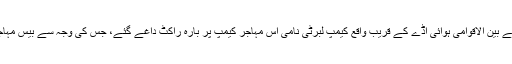
عراقی میڈیا کے مطابق جمعرات کو بغداد کے بین الاقوامی ہوائی اڈے کے قریب واقع کیمپ لبرٹی نامی اس مہاجر کیمپ پر بارہ راکٹ داغے گئے، جس کی وجہ سے بیس مہاجرین اور تین سکیورٹی اہلکار ہلاک ہو گئے۔